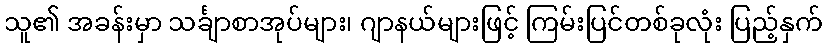
သူ၏ အခန်းမှာ သင်္ချာစာအုပ်များ၊ ဂျာနယ်များဖြင့် ကြမ်းပြင်တစ်ခုလုံး ပြည့်နှက်